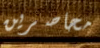
محاصرين